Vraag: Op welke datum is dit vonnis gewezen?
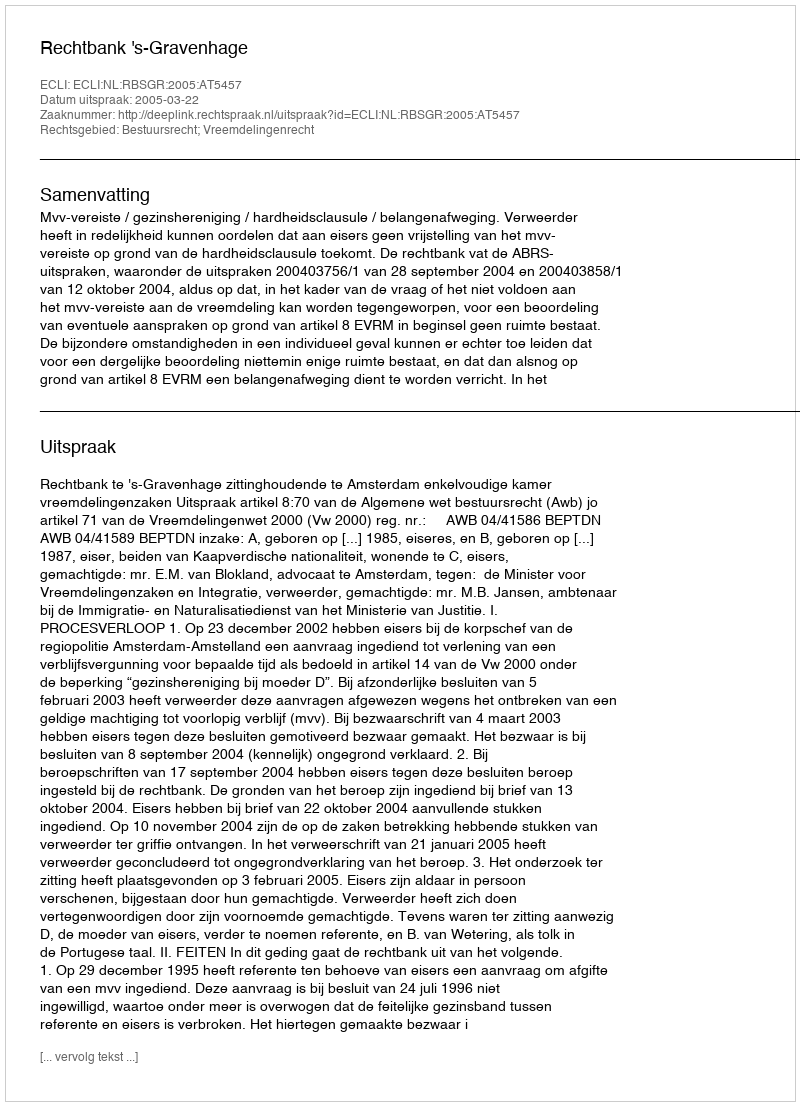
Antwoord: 2005-03-22